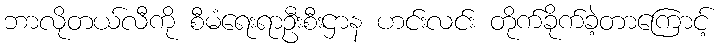
ဘာလိုတယ်လီကို စီမံရေးရာဦးစီးဌာန ဟင်းလင်း တိုက်ခိုက်ခဲ့တာကြောင့်